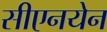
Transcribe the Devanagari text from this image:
सीएनयेन